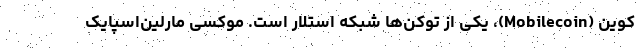
کوین (Mobilecoin)، یکی از توکن‌ها شبکه استلار است. موکسی مارلین‌اسپایک